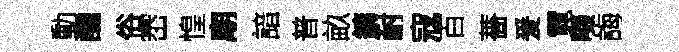
動醺俗崈惶廟諳普畝鏞耐寇百薔爰霓啜誨